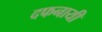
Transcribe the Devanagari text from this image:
दफनायी